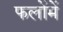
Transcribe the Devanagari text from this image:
फलोंमें